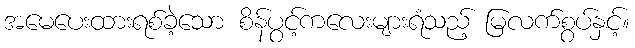
အမေပေးထားရစ်ခဲ့သော စိန်ပွင့်ကလေးများရံသည့် မြလက်စွပ်နှင့်။